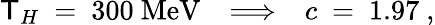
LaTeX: \mathsf{T}_{H}~=~300~\mathrm{{MeV}}~~~\Longrightarrow~~~c~=~1.97~,